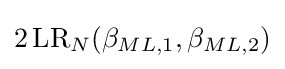
2\operatorname {LR} _{N}(\beta _{ML,1},\beta _{ML,2})